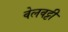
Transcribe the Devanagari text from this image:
वेलवट्टी